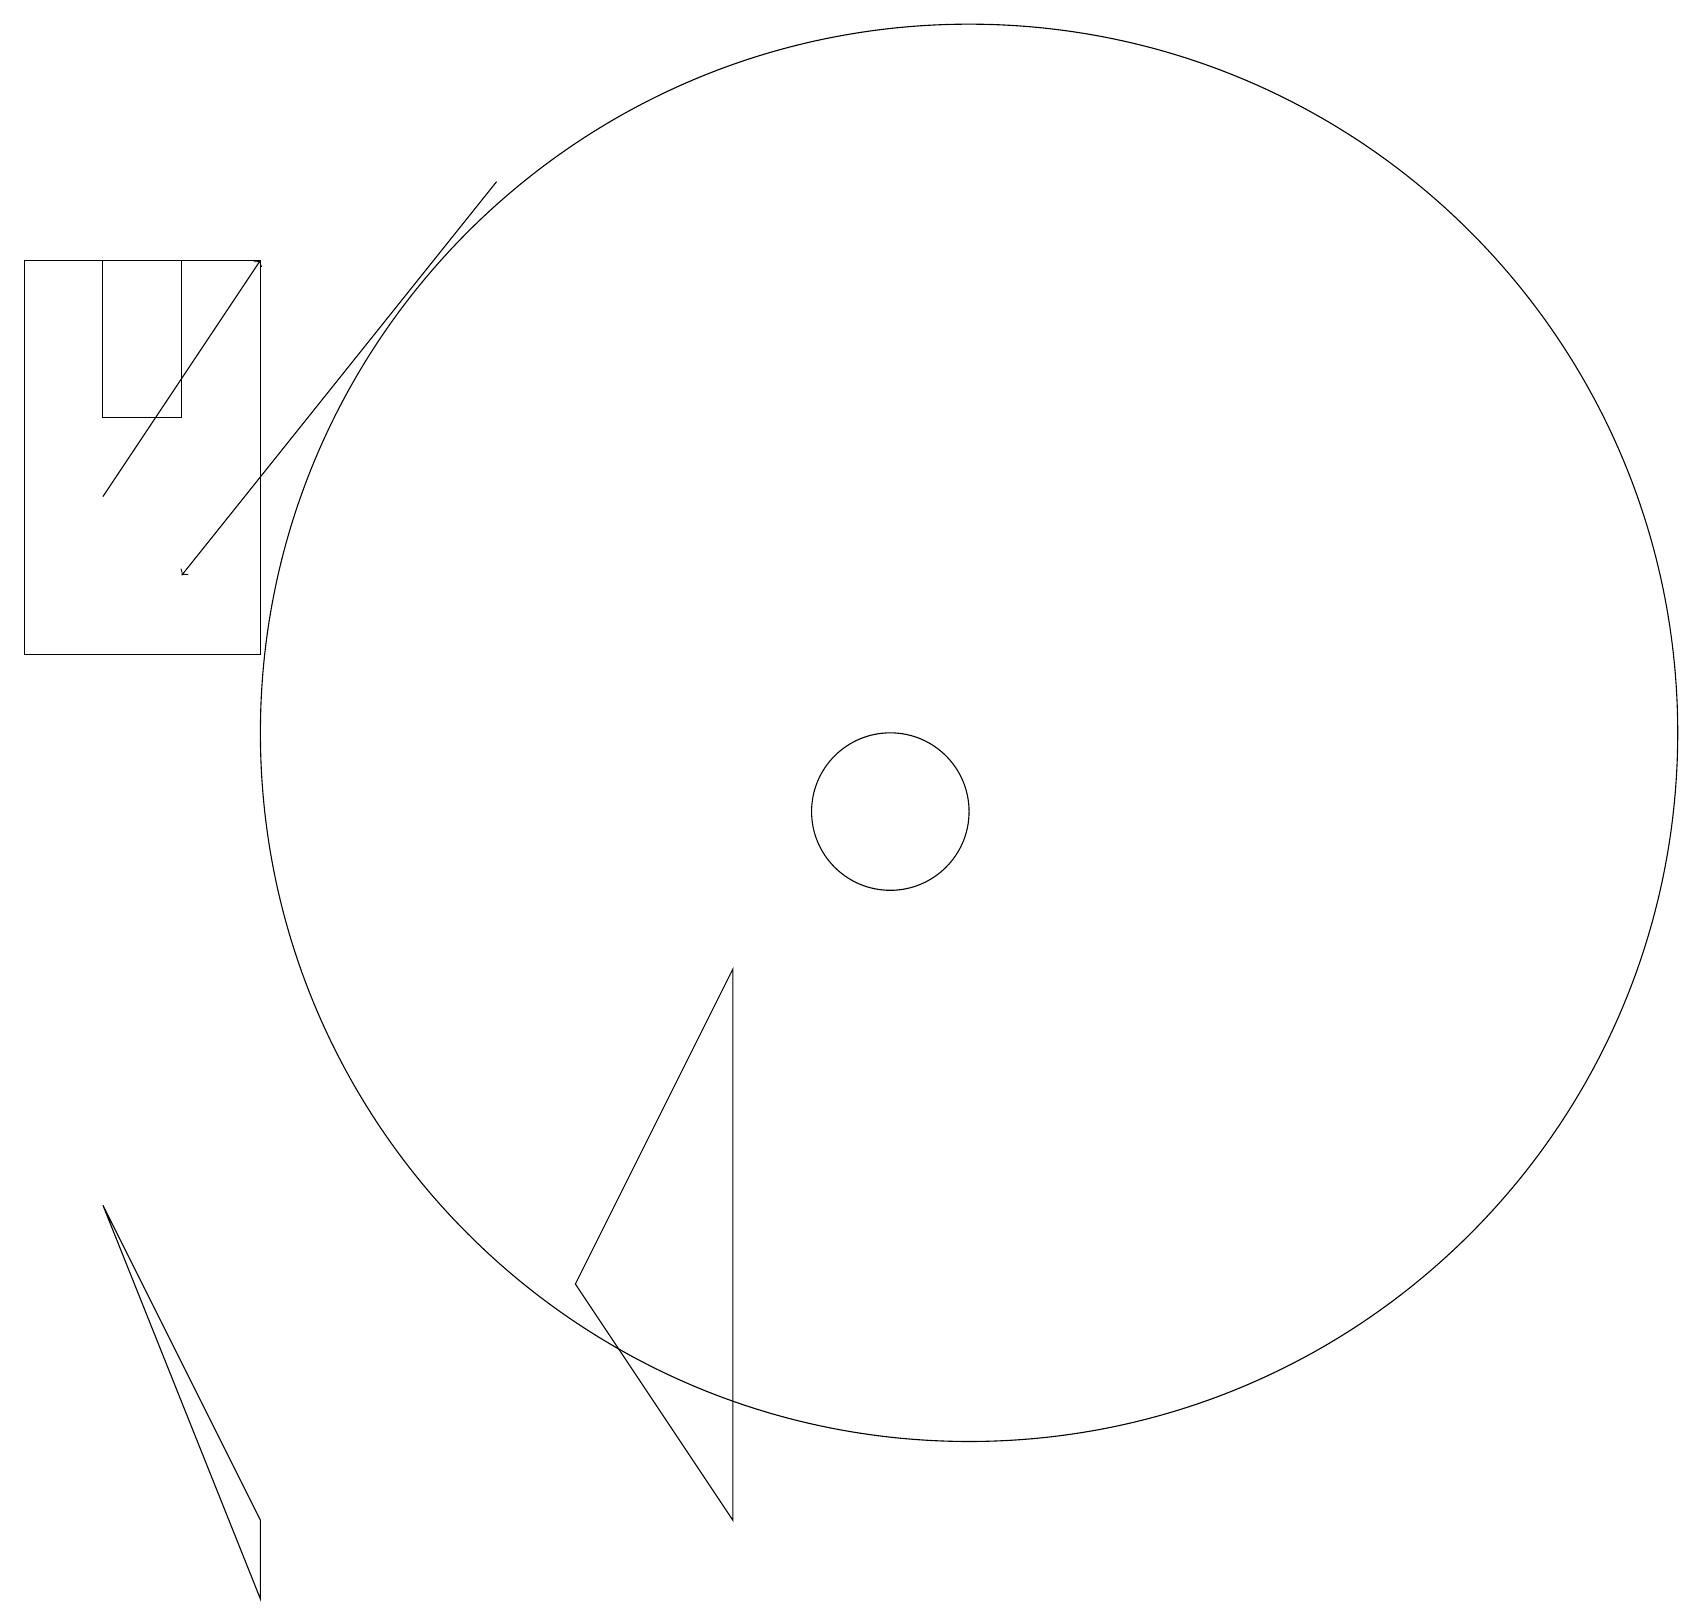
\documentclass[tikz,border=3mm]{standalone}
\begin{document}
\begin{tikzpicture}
\draw[->] (6,18) -- (2,13);
\draw[->] (1,14) -- (3,17);
\draw (3,17) rectangle (0,12);
\draw (11,10) circle (1);
\draw (3,0) -- (3,1) -- (1,5) -- cycle;
\draw (1,15) rectangle (2,17);
\draw (7,4) -- (9,8) -- (9,1) -- cycle;
\draw (12,11) circle (9);
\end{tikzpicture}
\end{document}